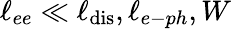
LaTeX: \ell_{ee}\ll\ell_{\mathrm{dis}},\ell_{e-ph},W